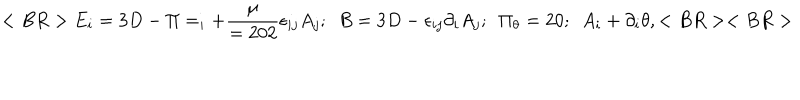
LaTeX: < B R > E _ { i } = 3 D - \Pi = _ { i } + { \frac { \mu } { = 2 0 2 } } \epsilon _ { i j } A _ { j } ; ~ ~ B = 3 D - \epsilon _ { i j } \partial _ { i } A _ { j } ; ~ ~ \Pi _ { \theta } = 2 0 ; ~ ~ A _ { i } + \partial _ { i } \theta , < B R > < B R >